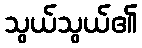
သွယ်သွယ်၏